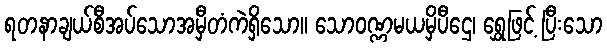
ရတနာချယ်စီအပ်သောအမှီတံကဲရှိသော။ သောဝဏ္ဏမယမှိပီဌေ၊ ရွှေဖြင့် ပြီးသော